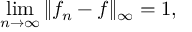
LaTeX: \operatorname* { l i m } _ { n \to \infty } \| f _ { n } - f \| _ { \infty } = 1 ,